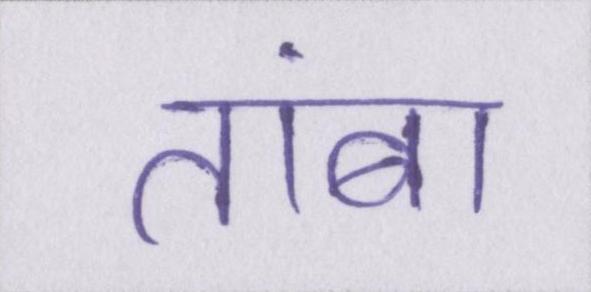
तांबा